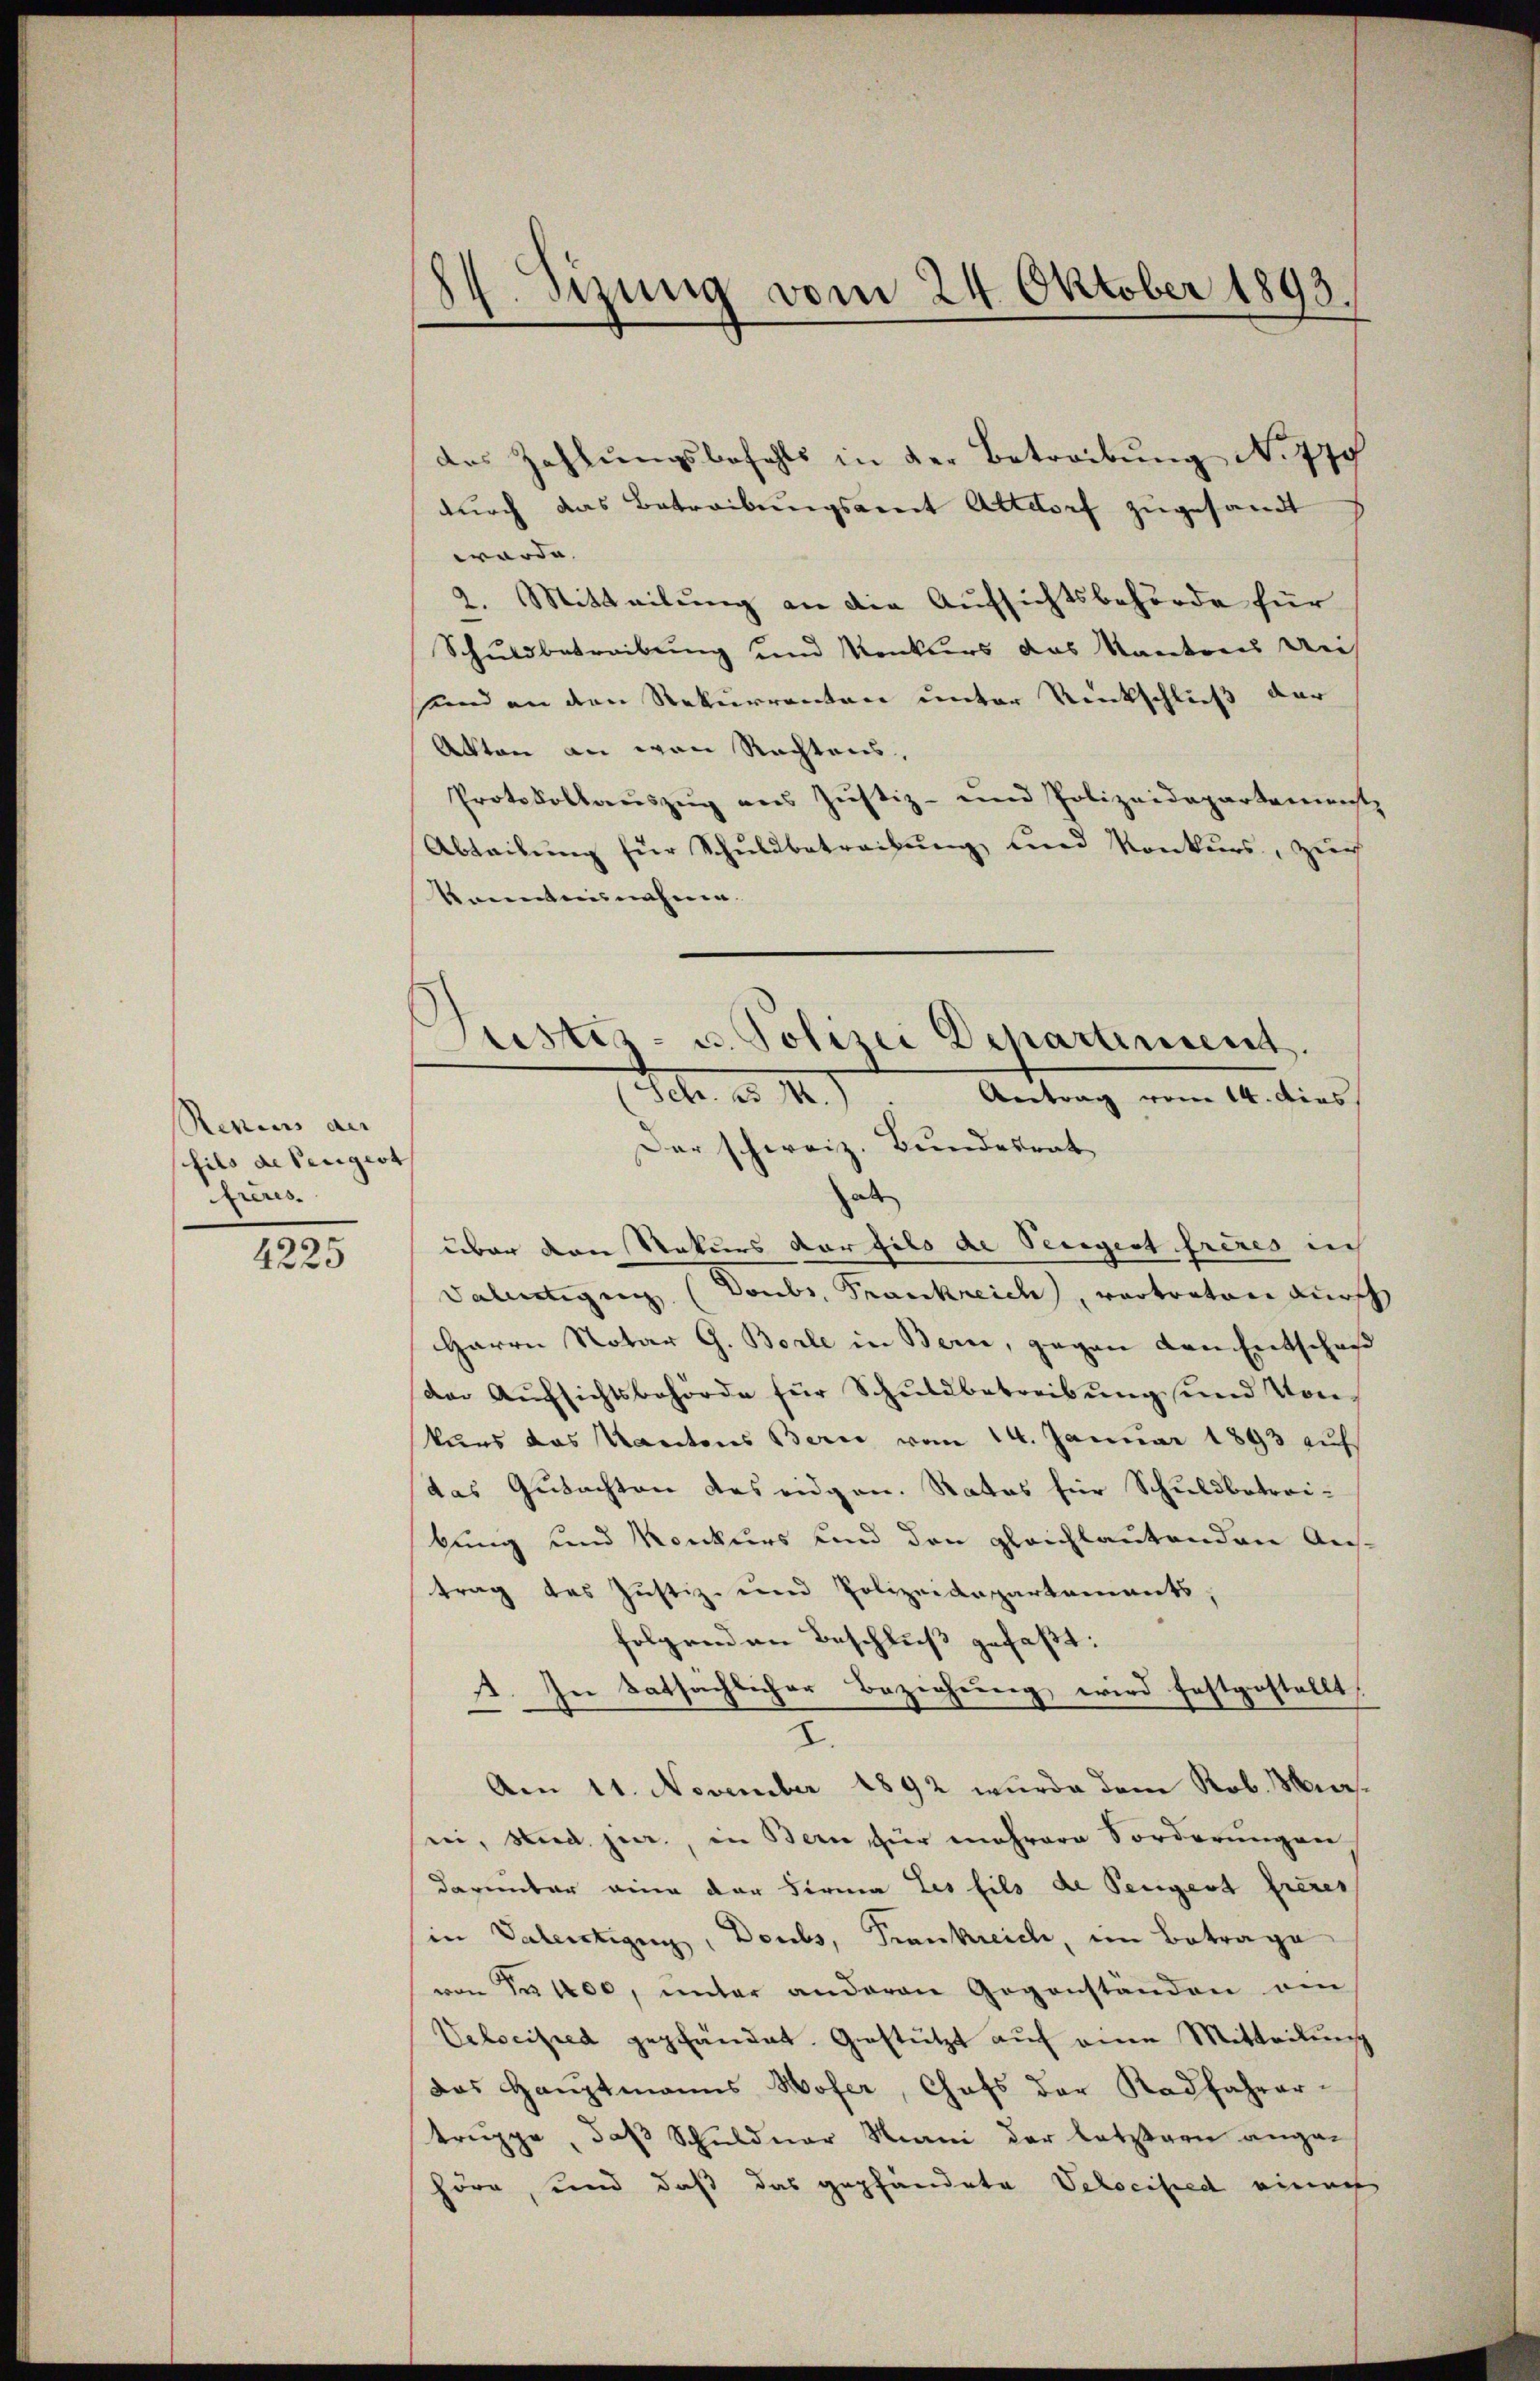
Rezius der
fils de Pergert |
freres.

3
422

24. Sizung vom 24. Oktober 1893.

Justiz- u. Polizei Departiment.
(Schr. ad 1.)
Antrag vom 14. dies

des Zahlŭngsbefehls in der Betreibŭng No 77
durch das Betreibungsamit Altdorf zugesandt
worde. |
2. Mitteilung an die Aufsichtsbehörde für
Schuldbetreibung und Konkurs das Kantons Dei
sund an den Rekurrenten unter Rückschluß der
Akten an von Rechtens,
Protokollauszug aus Justiz- und Polizeidepartemenst
Abteibung für Schuldbetreibung und Konkurs, zur
Konntensnahmen.
Der schweiz. Bundesrat
als
über den Rekurs der fils de Vergert frères in
Valentigung (Donbr. Frankreich, vertreten durch
Harrn Notar G. Borle in Bern, gegen den Entschaf
der Aŭfsichtsbehörde für Schŭldbetreibŭng und Von
kurs das Kantons Bern vom 14. Januar 1893 auf
das Gutachten das eidgen. Rates für Schuldbetreibung und Konkurs und den gleichlautenden Aus-
trag des Justiz- und Polizeidepartements,
folgenden Beschluß gefaßt:
A. In tatsächlicher Beziehung wird festgestellt,
I.
Am 11. November 1892 wurde dem Rob. Mir
sei, sind. jur., in Bern für mehrere Forderungen
darunter eine der Firma Les fils de Pergert freier
in Valentigung, Doubs, Frankreich, im Betrage
von Nr 100, unter anderen Gegenständen am
Velseited gepfändet. Gestützt auf eine Mitteilung
das Hauptmanns Wofer, Chefs der Radfahrertruppe, daß Schuldner Mani der letztern angehöre, und daß das gepfändete Velociped einach